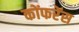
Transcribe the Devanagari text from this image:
कोंफरेंस